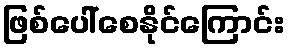
ဖြစ်ပေါ်စေနိုင်ကြောင်း